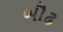
બૌઢ